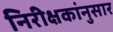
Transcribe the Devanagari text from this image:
निरीक्षकांनुसार